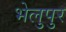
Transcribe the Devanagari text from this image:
भेलुपुर